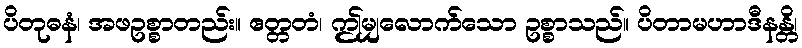
ပိတုဓနံ၊ အဖဥစ္စာတည်း။ ဧတ္တတံ၊ ဤမျှလောက်သော ဥစ္စာသည်။ ပိတာမဟာဒီနန္တိ၊